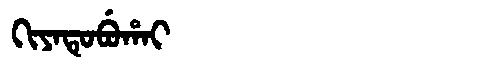
Manchu: ᡴᡳᠶᠠᡨᡠᠪᡠᡥᠠᡳ
Romanization: KIYATUBUHAI